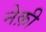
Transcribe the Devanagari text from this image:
नेक़ी